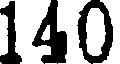
140